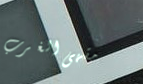
مقهى الغرب